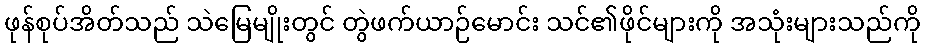
ဖုန်စုပ်အိတ်သည် သဲမြေမျိုးတွင် တွဲဖက်ယာဉ်မောင်း သင်၏ဖိုင်များကို အသုံးများသည်ကို